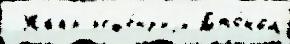
 Жанр р'еце́нз'иjи Джо́ном